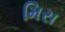
મિરા